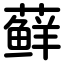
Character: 藓